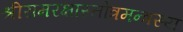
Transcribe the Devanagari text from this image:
श्रीरामरक्षास्तोत्रमन्त्रस्य